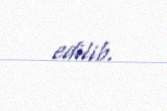
edilib.